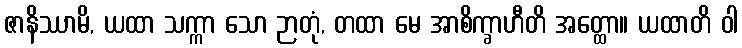
ဇာနိဿာမိ, ယထာ သက္ကာ သော ဉာတုံ, တထာ မေ အာစိက္ခာဟီတိ အတ္ထော။ ယထာတိ ဝါ